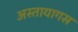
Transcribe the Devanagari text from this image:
अस्तायागस